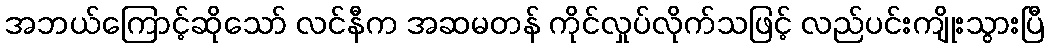
အဘယ်ကြောင့်ဆိုသော် လင်နီက အဆမတန် ကိုင်လှုပ်လိုက်သဖြင့် လည်ပင်းကျိုးသွားပြီ